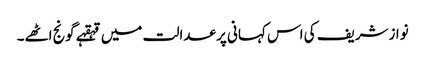
نوازشریف کی اس کہانی پر عدالت میں قہقہے گونج اٹھے۔